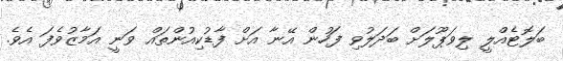
ބަލޮޓެއްލީ ލިވަޕޫލަށް ބަދަލުވި ފަހުން އޭނާ އަށް ފާޑުކިއުންތައް ވަނީ އަމާޒުވެފަ އެވެ.